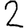
Digit: 2